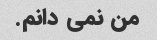
من نمی دانم.